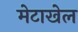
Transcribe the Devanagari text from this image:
मेटाखेल